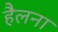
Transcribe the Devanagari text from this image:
हैलना